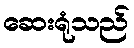
ဆေးရုံသည်